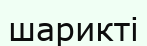
шарикті